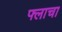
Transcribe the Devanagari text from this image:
फ्लाचा